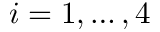
i = 1 , \dots , 4